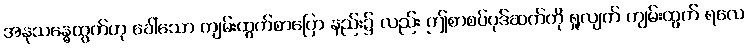
အနုသန္ဓေထွက်ဟု ခေါ်သော ကျမ်းထွက်စာပြော နည်း၌ လည်း ဤစာစပ်ပုဒ်ဆက်ကို ရှုလျက် ကျမ်းထွက် ရလေ